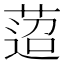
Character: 𦴚